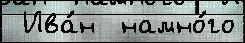
 Ива́н  намно́го